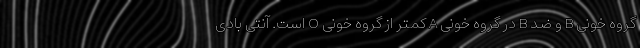
گروه خونی B و ضد B در گروه خونی A کمتر از گروه خونی O است. آنتی بادی